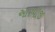
આરપીજી